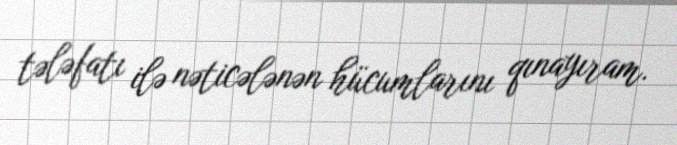
tələfatı ilə nəticələnən hücumlarını qınayıram.